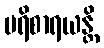
ပရိစာရယန္တိ